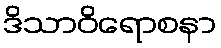
ဒိသာဝိရောစနာ